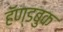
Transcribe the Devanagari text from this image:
हॅण्डबुक